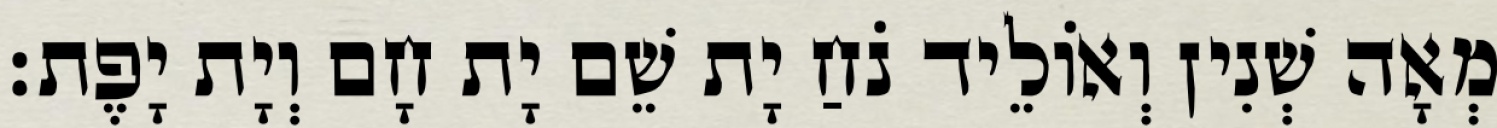
מְאָה שְׁנִין וְאוֹלֵיד נֹחַ יָת שֵׁם יָת חָם וְיָת יָפֶת׃